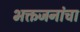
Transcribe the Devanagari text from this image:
भक्तजनांचा